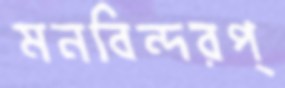
মনবিন্দরপ্